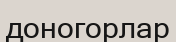
доногорлар